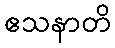
ဧသနာတိ